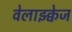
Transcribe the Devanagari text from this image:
वेलाझ्क्वेज